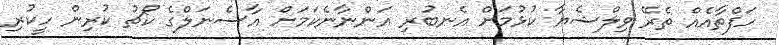
ހަފްތާއެއް ތެރޭ ވިލްޝެޔާ ކުޅުމަށް އެނބުރި އަންނާނެކަމަށް އާސެނަލްގެ ކޯޗު ކުރިން ހީކުރި